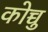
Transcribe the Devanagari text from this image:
कोच्चु